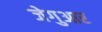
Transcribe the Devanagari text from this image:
जेगुआर